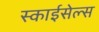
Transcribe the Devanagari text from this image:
स्काईसेल्स